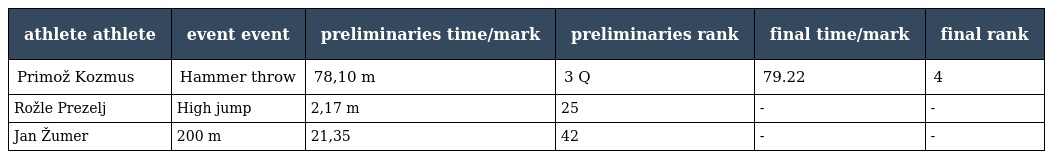
| athlete athlete | event event | preliminaries time/mark | preliminaries rank | final time/mark | final rank |
 | --- | --- | --- | --- | --- | --- |
 | Primož Kozmus | Hammer throw | 78,10 m | 3 Q | 79.22 | 4 |
 | Rožle Prezelj | High jump | 2,17 m | 25 | - | - |
 | Jan Žumer | 200 m | 21,35 | 42 | - | - |